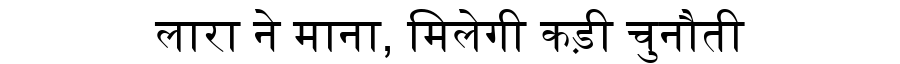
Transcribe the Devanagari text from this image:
लारा ने माना, मिलेगी कड़ी चुनौती